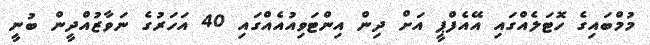
މުމްބައިގެ ހޮޓަލެއްގައި އޭއެފްޕީ އަށް ދިން އިންޓަވިއުއެއްގައި 40 އަހަރުގެ ނަވާޒުއްދީން ބުނީ